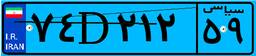
۸۰D۸۸۹۳۰